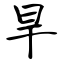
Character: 旱